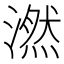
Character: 𪷖